Lunatic asylums United Provinces 1899-1908 - 1899-1908
Year: 1899
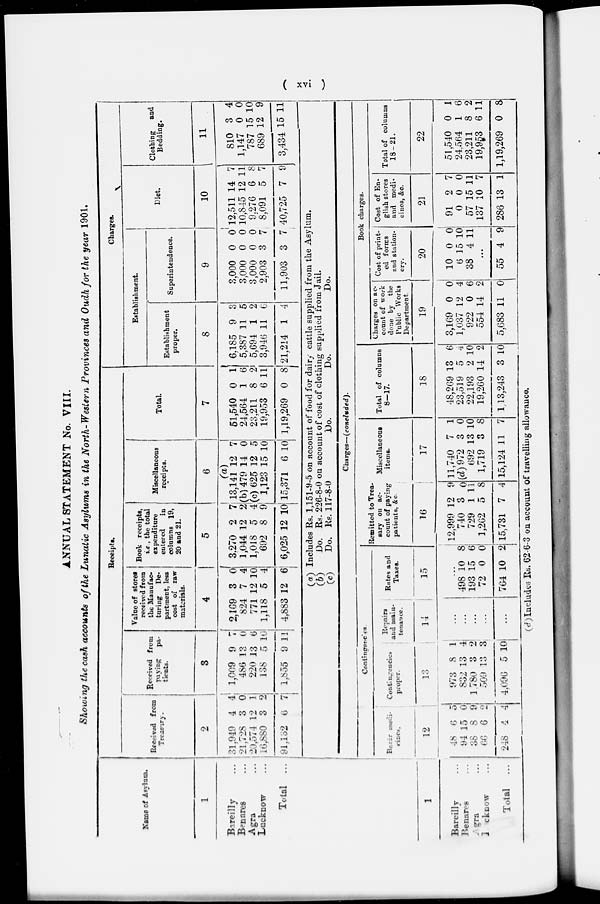
( xvi )
ANNUAL STATEMENT No. VIII.
Showing the cash accounts of the Lunatic Asylums in the North-Western Provinces and Oudh for the year 1901.
Name of Asylum.
1
Bareilly ...
Benares ...
Agra ...
Lucknow ...
Total ...
Receipts.
Received from
Treasury.
2
31,940
21.728
20,374
16,880
91,132
4
3
12
3
6
4
0
1
2
7
Received from
paying
pa-
tients.
3
1,009
486
220
138
1,855
9
13
13
5
9
7
0
6
10
11
Value of stores
received from
the Manufac-
turing
De-
partment, less
cost of raw
materials.
4
2,169
824
771
1,118
4,883
3
7
12
5
12
0
4
10
4
6
Book receipts,
i.e., the total
expenditure
entered
in
columns 19,
20 and 21.
5
3,270
1,044
1,018
692
6,025
2
12
5
8
12
7
2
4
9
10
Miscellaneous
receipts.
6
13,141
(b) 479
(c) 625
1,123
15,371
(a)
12
14
12
15
6
7
0
5
10
10
Total.
7
51,540
24,564
23,211
19,953
1,19,269
0
1
8
6
0
1
6
2
11
8
Charges.
Establishment.
Establishment
proper.
8
6,185
5,387
5,694
3,946
21,214
9
11
1
11
1
3
5
2
6
4
Superintendence.
9
3,000
3,000
3,000
2,903
11,903
0
0
0
3
3
0
0
0
7
7
Diet.
10
12,511
10,845
9,276
8,091
40,725
14
12
6
5
7
7
11
8
7
9
Clothing
and
Bedding.
11
810
1,147
787
689
3,434
3
0
15
12
15
4
0
10
9
11
(a) Includes Rs. 1,151-9-5 on account of food for dairy cattle supplied from the Asylum.
(b)
Do. Rs. 226-8-0 on account of cost of clothing supplied from Jail.
(c)
Do. Rs. 117-8-0
Do.
Do.
Do.
1
Bareilly ...
Benares ...
Agra ...
Lucknow ...
Total
...
Charges—(concluded).
Contingencies.
Bazar medi-
cines.
12
48
94
38
66
248
6
15
8
6
4
5
0
9
2
4
Contingencies
proper.
13
973
832
1,780
509
4,096
8
13
3
13
5
1
4
2
3:
10I
Repairs
and main-
tenance.
14
...
...
...
...
...
Rates and
Taxes.
15
...
498
193
72
764
10
15
0
10
8
6
0
2
Remitted toTrea-
sary on ac-
count of paying
patients, &c.
16
12,999
740
729
1,262
15,731
12
3
1
5
7
9
0
11
8
4
Miscellaneous
items.
17
11,740
(d) 972
692
1,719
15,124
7
3
13
3
11
1
0
10
8
7
Total of columns
8—17.
18
48,269
23,519
22,193
19,260
1,13,243
13
5
2
14
3
6
4
10
2
10
Book charges.
Charges on ac-
count of work
done by the
Public Works
Department.
19
3,169
1,037
922
554
5,683
0
12
0
14
11
0
4
6
2
0
Cost of print-
ed forms
and station-
erv.
20
10
6
38
0
15
4
0
10
11
...
55 4 9
Cost of En-
glish stores
and medi-
cines, &c.
21
91
0
57
137
286
2
0
15
10
13
7
0
11
7
1
Total of columns
18-21.
22
51,540
24,564
23,211
19,953
1,19,269
0
1
8
6
0
1
6
2
11
8
(d) Includes Rs. 62-6-3 on account of travelling allowance.